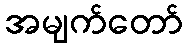
အမျက်တော်